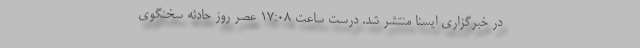
در خبرگزاری ایسنا منتشر شد. درست ساعت 17:08 عصر روز حادثه سخنگوی